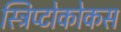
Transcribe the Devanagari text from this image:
स्ट्रिप्टोकोकस